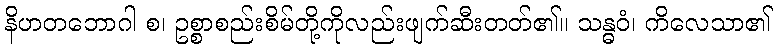
နိဟတဘောဂါ စ၊ ဥစ္စာစည်းစိမ်တို့ကိုလည်းဖျက်ဆီးတတ်၏။ သန္ဓဝံ၊ ကိလေသာ၏